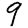
Digit: 9